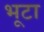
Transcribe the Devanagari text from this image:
भूटा